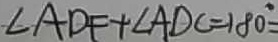
\angle A D F + \angle A D C = 1 8 0 ^ { \circ } =